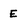
Character: E